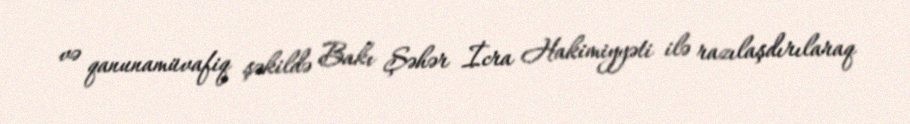
və qanunamüvafiq şəkildə Bakı Şəhər İcra Hakimiyyəti ilə razılaşdırılaraq